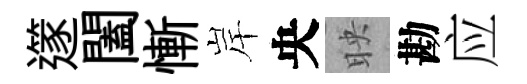
𨗹闔慚岸央映勘应